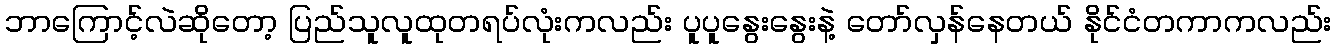
ဘာကြောင့်လဲဆိုတော့ ပြည်သူလူထုတရပ်လုံးကလည်း ပူပူနွေးနွေးနဲ့ တော်လှန်နေတယ် နိုင်ငံတကာကလည်း